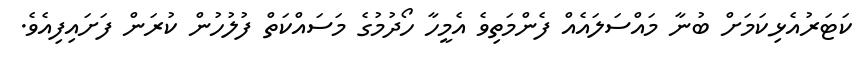
ކަޓަރުއެޅިކަމަށް ބުނާ މައްސަލައެއް ފެންމަތިވެ އެމީހާ ހޯދުމުގެ މަސައްކަތް ފުލުހުން ކުރަން ފަށައިފިއެވެ.